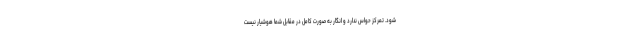
شود. تمرکز حواس ندارد و انگار به صورت کامل در مقابل شما هوشیار نیست